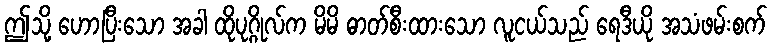
ဤသို့ ဟောပြီးသော အခါ ထိုပုဂ္ဂိုလ်က မိမိ ဓာတ်စီးထားသော လူငယ်သည် ရေဒီယို အသံဖမ်းစက်